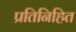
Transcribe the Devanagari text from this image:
प्रतिनिहित